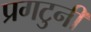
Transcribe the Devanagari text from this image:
प्रगटुनी